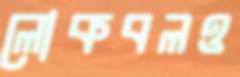
লোকবলও